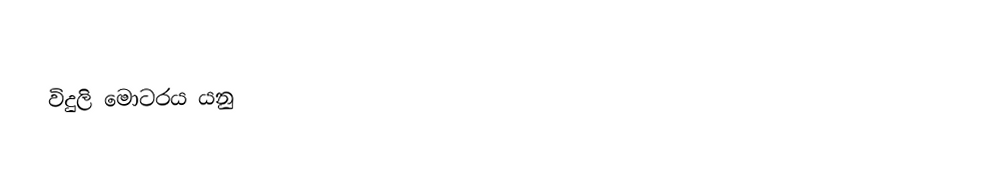
විදුලි මොටරය යනු